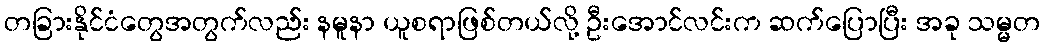
တခြားနိုင်ငံတွေအတွက်လည်း နမူနာ ယူစရာဖြစ်တယ်လို့ ဦးအောင်လင်းက ဆက်ပြောပြီး အခု သမ္မတ